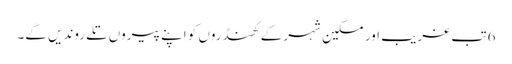
6 تب غریب اور مسکین شہر کے کھنڈروں کو اپنے پیروں تلے روندیں گے۔